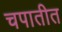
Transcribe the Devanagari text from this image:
चपातीत